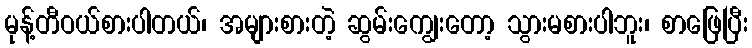
မုန့်တီဝယ်စားပါတယ်၊ အများစားတဲ့ ဆွမ်းကျွေးတော့ သွားမစားပါဘူး၊ စာဖြေပြီး